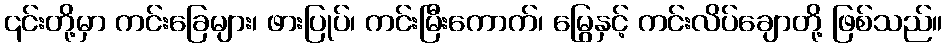
၎င်းတို့မှာ ကင်းခြေများ၊ ဖားပြုပ်၊ ကင်းမြီးကောက်၊ မြွေနှင့် ကင်းလိပ်ချောတို့ ဖြစ်သည်။